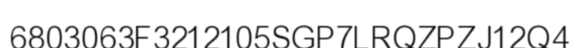
6803063F3212105SGP7LRQZPZJ12Q4